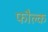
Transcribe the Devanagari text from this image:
फौल्क